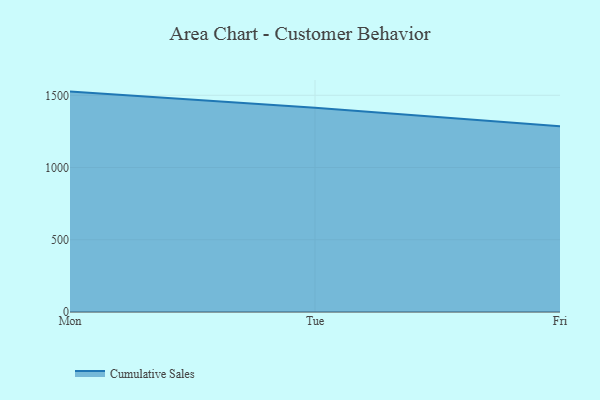
{"axis": {"x": "Day", "y": "Energy Usage (MWh)"}, "legend": ["Cumulative Sales"], "data": [{"x": "Mon", "y": 1525.7, "type": "Cumulative Sales"}, {"x": "Tue", "y": 1413.6, "type": "Cumulative Sales"}, {"x": "Fri", "y": 1286.2, "type": "Cumulative Sales"}]}